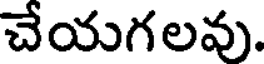
చేయగలవు.